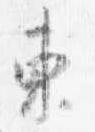
東